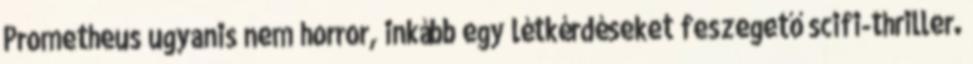
Prometheus ugyanis nem horror, inkább egy létkérdéseket feszegető scifi-thriller.